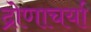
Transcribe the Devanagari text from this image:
द्रोणाचर्या